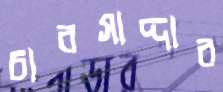
চারসাদ্দার